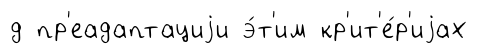
д пр'еадаптациjи э́т'им кр'ит'е́р'иjах